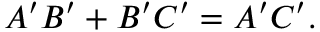
A ^ { \prime } B ^ { \prime } + B ^ { \prime } C ^ { \prime } = A ^ { \prime } C ^ { \prime } .